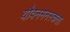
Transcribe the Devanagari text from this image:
यौवनमनस्कता